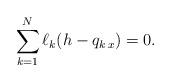
LaTeX: \begin{align*}\sum_{k=1}^N \ell_k(h-q_{k\,x})=0.\end{align*}